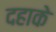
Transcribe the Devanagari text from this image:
दहाके